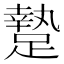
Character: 䠟